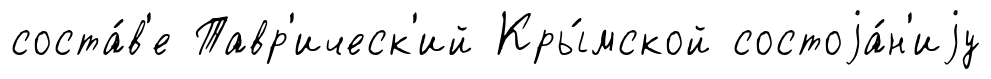
соста́в'е Тавр'ическ'ий Кры́мской состоjа́н'иjу